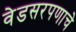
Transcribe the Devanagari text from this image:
वेडसरपणाचे